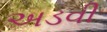
અડવી